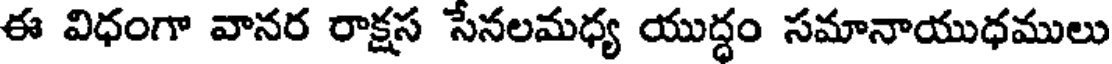
ఈ విధంగా వానర రాక్షస సేనలమధ్య యుద్ధం సమానాయుధములు